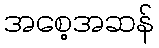
အစေ့အဆန်